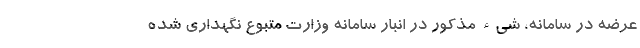
عرضه در سامانه، شیء مذکور در انبار سامانه وزارت متبوع نگهداری شده